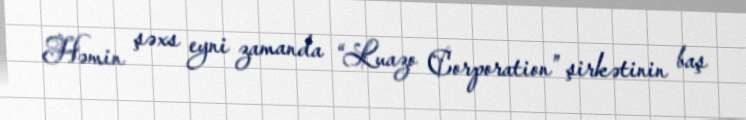
Həmin şəxs eyni zamanda “Luazo Corporation” şirkətinin baş